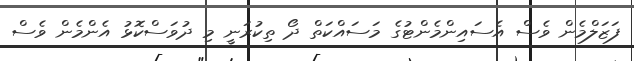
ފަޒަލްމެން ވެސް އެސައިންމެންޓުގެ މަސައްކަތް ދޯ ތިކުރަނީ މި ދުވަސްކޮޅު އެންމެން ވެސް